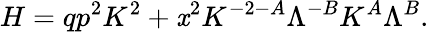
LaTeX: H=qp^{2}K^{2}+\mathit{x}^{2}K^{-2-A}\Lambda^{-B}K^{A}\Lambda^{B}.